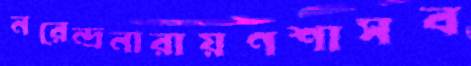
নরেন্দ্রনারায়ণশাসব